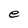
Character: e